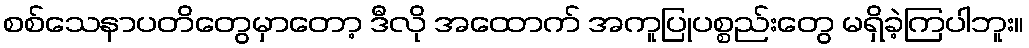
စစ်သေနာပတိတွေမှာတော့ ဒီလို အထောက် အကူပြုပစ္စည်းတွေ မရှိခဲ့ကြပါဘူး။